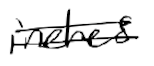
Text: inches
Cross-out: double-line
Writing tool: digital_black